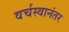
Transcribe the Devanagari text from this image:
वर्चस्वानंतर